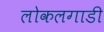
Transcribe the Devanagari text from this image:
लोकलगाडी